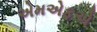
એમએફએ